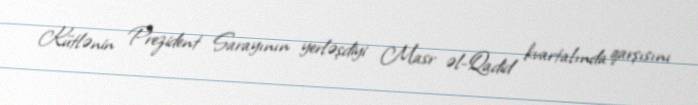
Kütlənin Prezident Sarayının yerləşdiyi Masr əl-Qadid kvartalında qarşısını